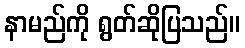
နာမည်ကို ရွတ်ဆိုပြသည်။